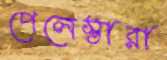
পেলেস্তারা